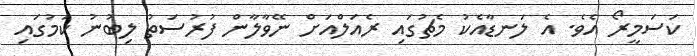
ކަސަމީރޯ އެވެ. އެ ލަނޑާއެކު މެޗުގައި ރެއަލްއަށް ނޭވާލާން ފުރުސަތު ލިބުނު ކަމުގައި